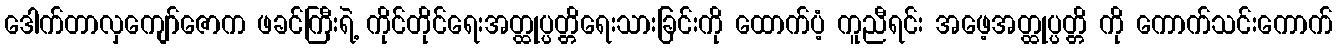
ဒေါက်တာလှကျော်ဇောက ဖခင်ကြီးရဲ့ ကိုင်တိုင်ရေးအတ္ထုပ္ပတ္တိရေးသားခြင်းကို ထောက်ပံ့ ကူညီရင်း အဖေ့အတ္ထုပ္ပတ္တိ ကို ကောက်သင်းကောက်